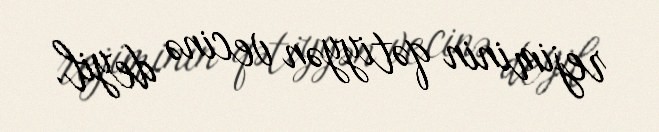
rejiminin qətiyyən vecinə deyil.